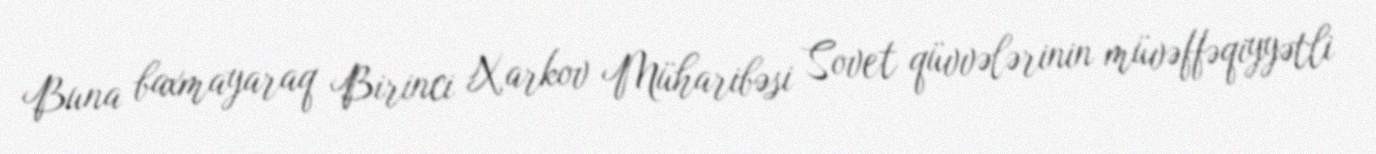
Buna baxmayaraq Birinci Xarkov Müharibəsi Sovet qüvvələrinin müvəffəqiyyətli